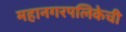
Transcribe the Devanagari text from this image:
महानगरपलिकेची